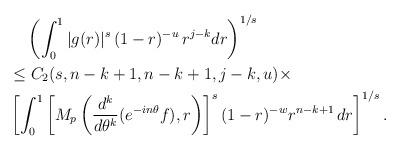
LaTeX: \begin{align*}&\phantom{={}} \left( \int_0^1 |g(r)|^s \, (1-r)^{-u} \, r^{j-k} dr \right)^{1/s} \\ &\le C_2(s,n-k+1,n-k+1,j-k,u) \times \\ &\left[ \int_0^{1} \left[ M_p \left(\frac{d^k}{d\theta^k}(e^{-in\theta}f),r \right) \right]^s (1-r)^{-w} r^{n-k+1} \, dr\right]^{1/s}.\end{align*}